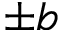
\pm b